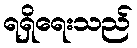
ရရှိရေးသည်